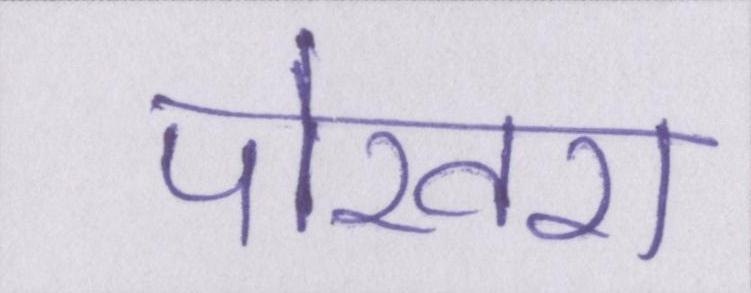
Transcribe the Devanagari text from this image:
पोखरा